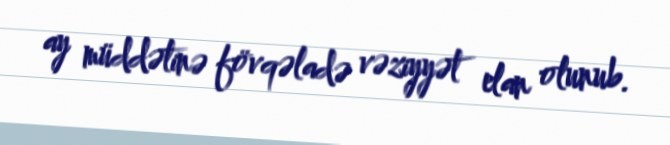
ay müddətinə fövqəladə vəziyyət elan olunub.